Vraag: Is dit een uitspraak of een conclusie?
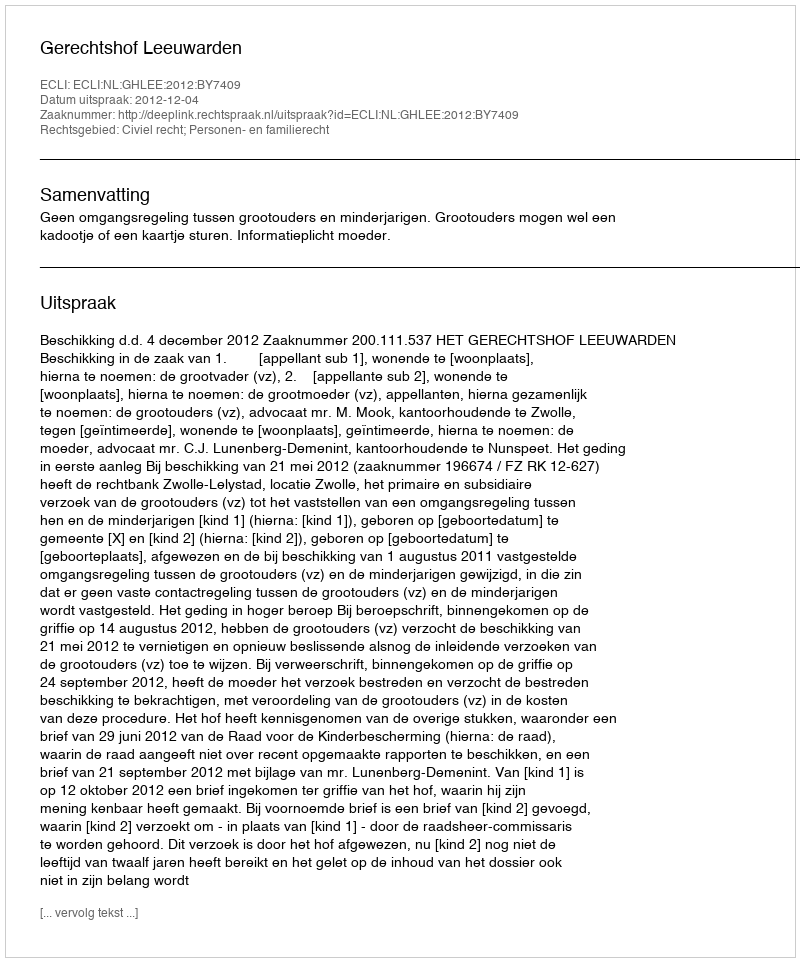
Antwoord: Uitspraak